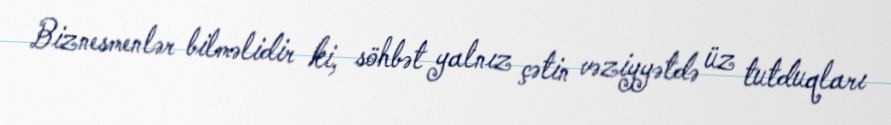
Biznesmenlər bilməlidir ki, söhbət yalnız çətin vəziyyətdə üz tutduqları